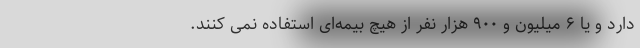
دارد و یا ۶ میلیون و ۹۰۰ هزار نفر از هیچ بیمه‌ای استفاده نمی کنند.